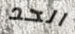
الحد